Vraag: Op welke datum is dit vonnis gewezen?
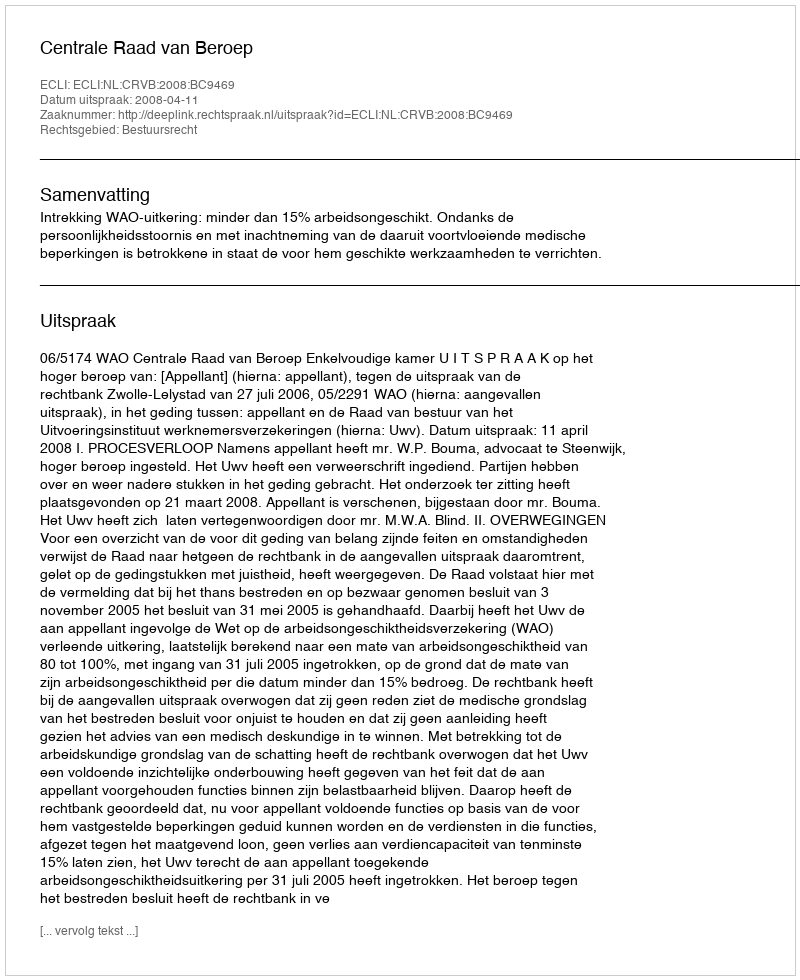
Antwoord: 2008-04-11